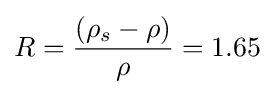
R={\frac {(\rho _{s}-\rho )}{\rho }}=1.65